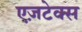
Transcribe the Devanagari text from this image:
एज़टेक्स